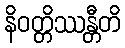
နိဝတ္တိဿန္တီတိ